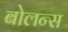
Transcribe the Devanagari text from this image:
बोलन्स